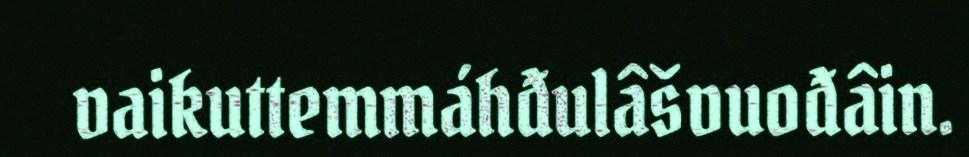
vaikuttemmáhđulâšvuođâin.